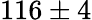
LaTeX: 116\pm 4